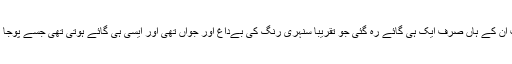
ان ساری پابندیوں کے بعد بس اب ان کے ہاں صرف ایک ہی گائے رہ گئی جو تقریباً سنہری رنگ کی بےداغ اور جواں تھی اور ایسی ہی گائے ہوتی تھی جسے پوجا پاٹ کے لیے انتخاب کیا جاتا تھا۔